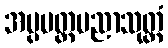
အပ္ပမတ္တပညာသုတ္တံ